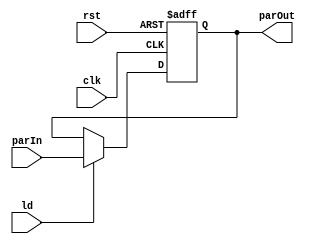
`timescale 1ns/1ns
module Reg32(input clk, rst, ld, input [31:0] parIn, output reg [31:0] parOut);
    always @(posedge clk, posedge rst) begin
        // #1
        if(rst) parOut = 32'b0;
        else if(ld) parOut = parIn;
        else parOut = parOut;
    end
endmodule